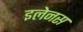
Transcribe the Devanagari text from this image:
इलेनस